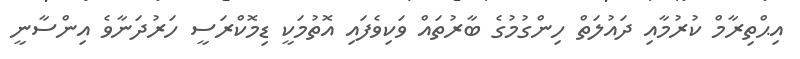
އިޙްތިރާމް ކުރުމާއި ދައުލަތް ހިންގުމުގެ ބާރުތައް ވަކިވެފައި އޮތުމަކީ ޑިމޮކްރަސީ ހަރުދަނާވެ އިންސާނީ